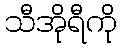
သီအိုရီကို